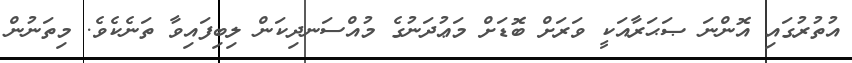
އުތުރުގައި އޮންނަ ޞަޙަރާއަކީ ވަރަށް ބޮޑަށް މަޢުދަނުގެ މުއްސަނދިކަން ލިބިފައިވާ ތަނެކެވެ. މިތަނުން